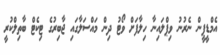
އެމްޑީޕީން ނެރުނު ވިޕްލައިނާ ހިލާފަށް ވޯޓު ދިން މައްސަލާގައި ޖާބިރުގެ ޓިކެޓް ބާތިލްކުރީ